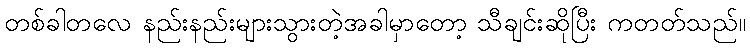
တစ်ခါတလေ နည်းနည်းများသွားတဲ့အခါမှာတော့ သီချင်းဆိုပြီး ကတတ်သည်။